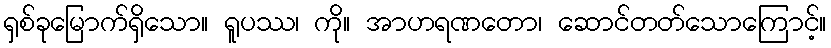
ရှစ်ခုမြောက်ရှိသော။ ရူပဿ၊ ကို။ အာဟရဏတော၊ ဆောင်တတ်သောကြောင့်။